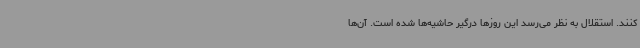
کنند. استقلال به نظر می‌رسد این روزها درگیر حاشیه‌ها شده است. آن‌ها